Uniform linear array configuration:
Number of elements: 64
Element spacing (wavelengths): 0.25
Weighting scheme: hann
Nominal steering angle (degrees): -45
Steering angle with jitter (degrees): -44.729
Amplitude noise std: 0.05
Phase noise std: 0.05

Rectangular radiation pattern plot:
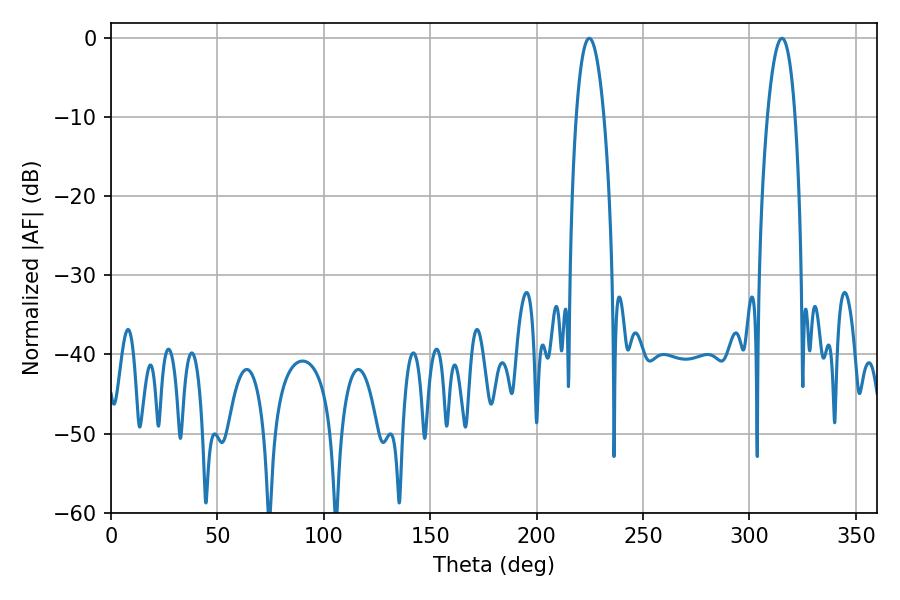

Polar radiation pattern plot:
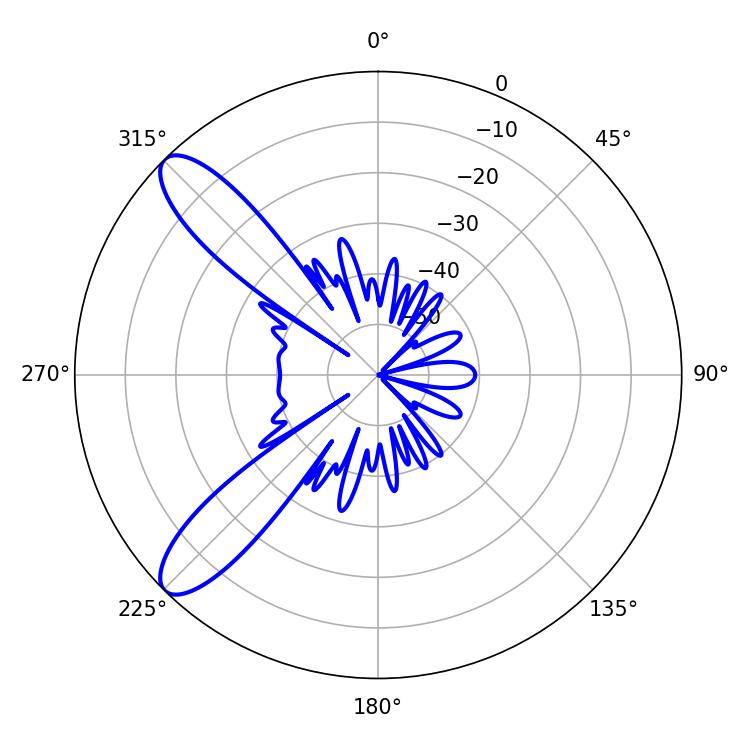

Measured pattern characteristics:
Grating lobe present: FALSE
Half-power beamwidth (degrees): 7.2
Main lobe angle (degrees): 224.64